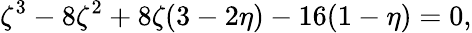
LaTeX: \zeta^{3}-8\zeta^{2}+8\zeta(3-2\eta)-16(1-\eta)=0,